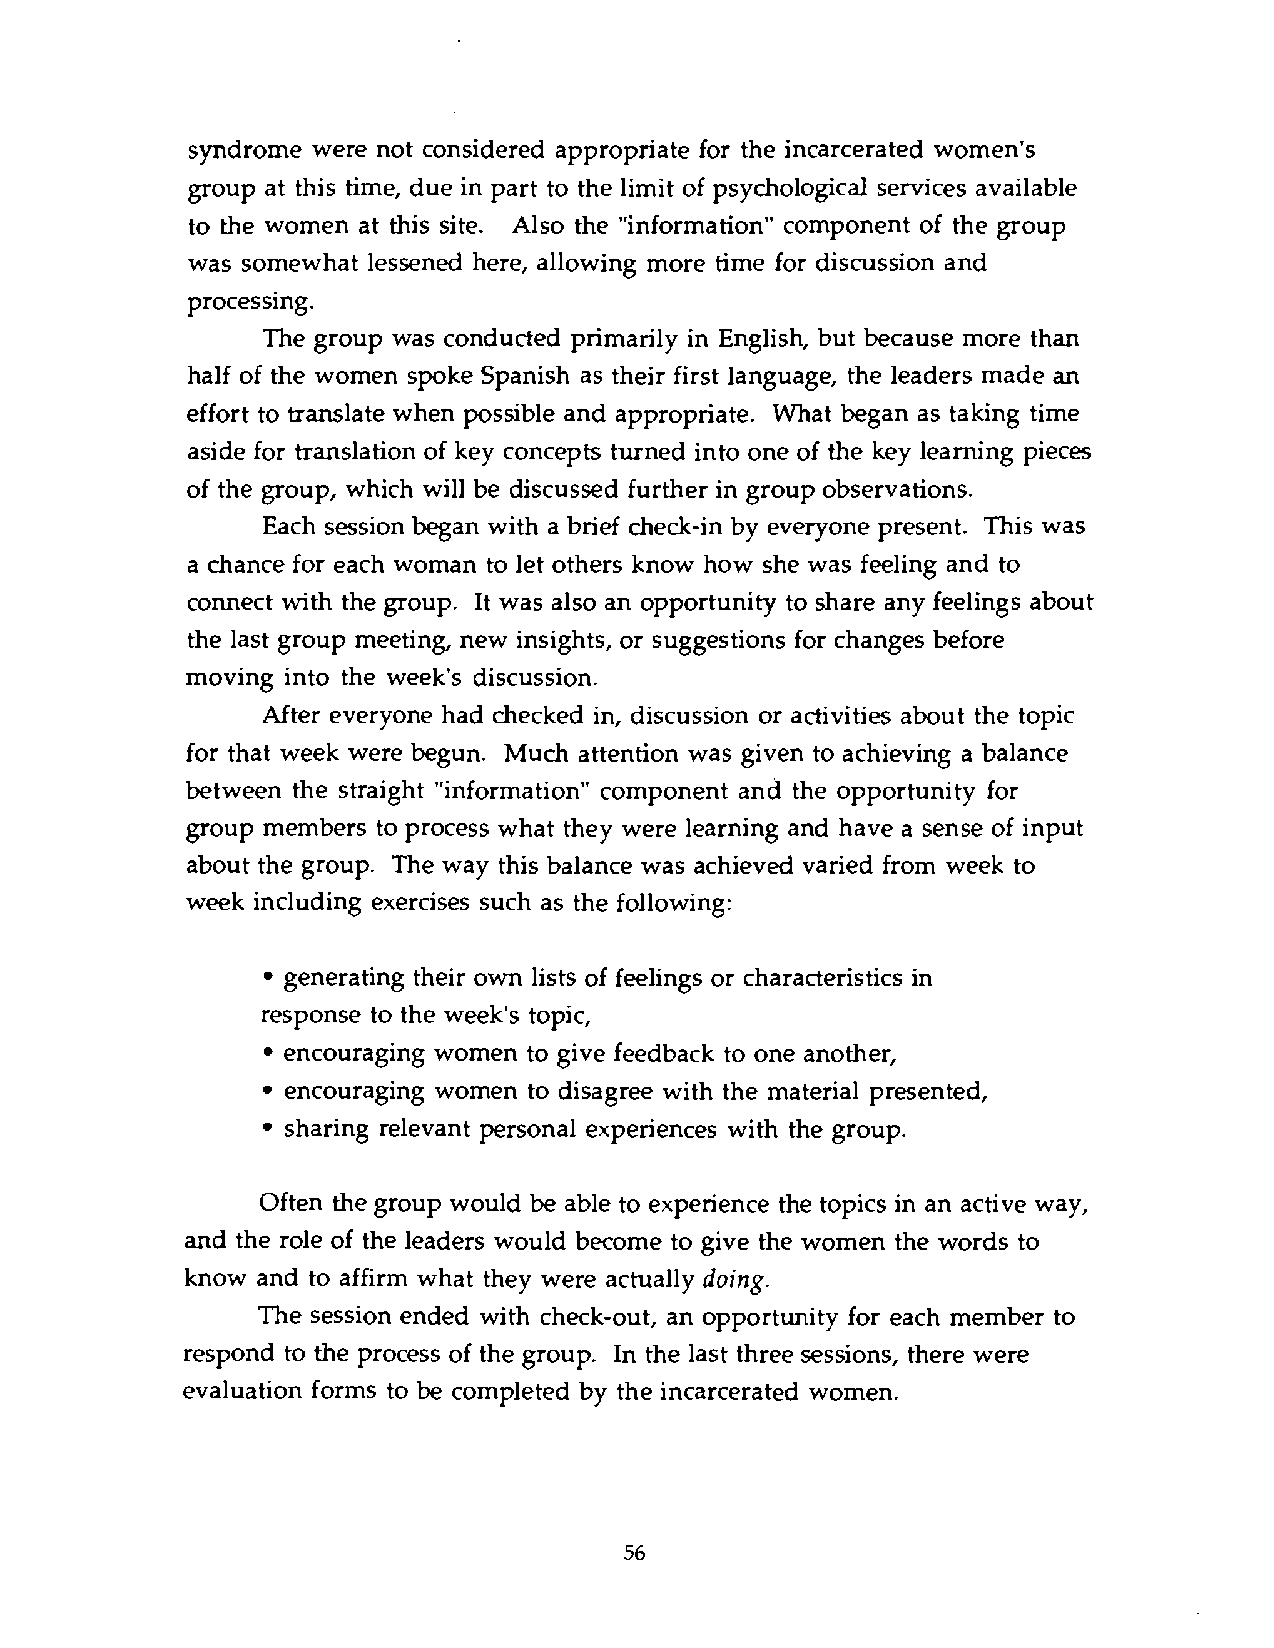
syndrome were not considered appropriate for the incarcerated women's
 group at this time, due in part to the limit of psychological services available
 to the women at this site. Also the "information" component of the group
 was somewhat lessened here, allowing more time for discussion and
 processing.
 The group was conducted primarily in English, but because more than
 half of the women spoke Spanish as their first language, the leaders made an
 effort to translate when possible and appropriate. What began as taking time
 aside for translation of key concepts turned into one of the key learning pieces
 of the group, which will be discussed further in group observations.
 Each session began with a brief check-in by everyone present. This was
 a chance for each woman to let others know how she was feeling and to
 connect with the group. It was also an opportunity to share any feelings about
 the last group meeting, new insights, or suggestions for changes before
 moving into the week's discussion.
 After everyone had checked in, discussion or activities about the topic
 for that week were begun. Much attention was given to achieving a balance
 between the straight "information" component and the opportunity for
 group members to process what they were learning and have a sense of input
 about the group. The way this balance was achieved varied from week to
 week including exercises such as the following:
 generating their own lists of feelings or characteristics in
 response to the week's topic,
 encouraging women to give feedback to one another,
 encouraging women to disagree with the material presented,
 sharing relevant personal experiences with the group.
 Often the group would be able to experience the topics in an active way,
 and the role of the leaders would become to give the women the words to
 know and to affirm what they were actually doing.
 The session ended with check-out, an opportunity for each member to
 respond to the process of the group. In the last three sessions, there were
 evaluation forms to be completed by the incarcerated women.